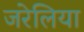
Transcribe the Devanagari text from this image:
जरेलिया